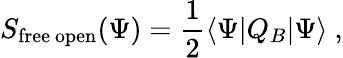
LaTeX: S_{\mathrm{free~open}}(\Psi)={\frac{1}{2}}\langle\Psi|Q_{B}|\Psi\rangle\ ,